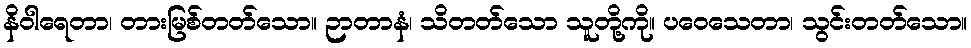
နိဝါရေတာ၊ တားမြစ်တတ်သော။ ဉာတာနံ၊ သိတတ်သော သူတို့ကို။ ပဝေသေတာ၊ သွင်းတတ်သော။